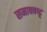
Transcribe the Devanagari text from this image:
समाववष्ट्ट